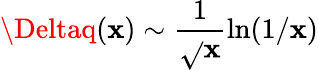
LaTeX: \Deltaq(\mathbf{x})\sim\frac{{1}}{{\sqrt{}{{\mathbf{x}}}}}\ln(1/\mathbf{x})